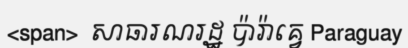
<span>  សាធារណរដ្ឋ ប៉ារ៉ាគ្វេ Paraguay